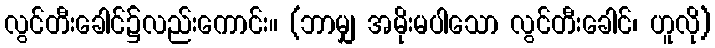
လွင်တီးခေါင်၌လည်းကောင်း။ (ဘာမျှ အမိုးမပါသော လွင်တီးခေါင်၊ ဟူလို)